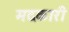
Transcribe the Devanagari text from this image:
मदकारी